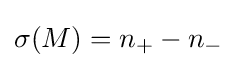
\sigma (M)=n_{+}-n_{-}